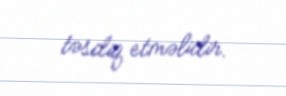
təsdiq etməlidir.